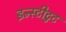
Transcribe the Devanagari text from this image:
इन्स्टीटुट